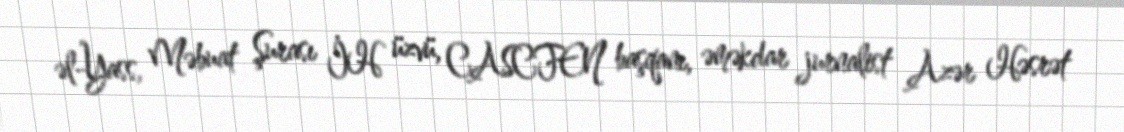
əl-Yass, Məbuat Şurası İH üzvü, CASCFEN başqanı, əməkdar jurnalist Azər Həsrət